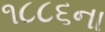
૧૮૮૬ના